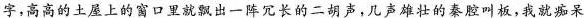
字,高高的土屋上的窗口里就飘出一阵冗长的二胡声,几声雄壮的秦腔叫板,我就痴呆